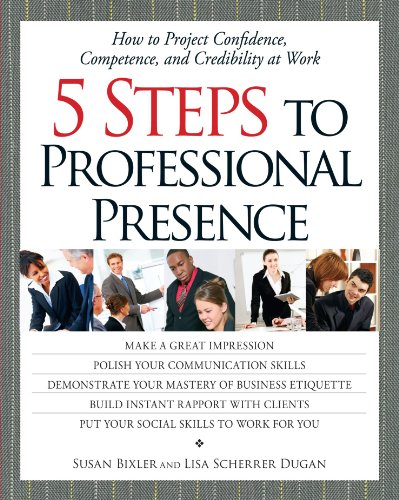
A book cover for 5 Steps To Professional Presence: How to Project Confidence, Competence, and Credibility at Work; Susan Bixler; Business & Money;